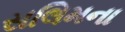
સલિમના